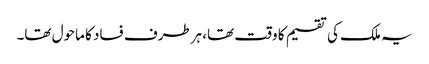
یہ ملک کی تقسیم کا وقت تھا، ہرطرف فساد کا ماحول تھا۔